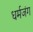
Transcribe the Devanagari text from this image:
धर्मजंग